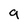
Character: 9